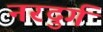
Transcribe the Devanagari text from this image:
नरदुर्ग